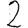
Digit: 2